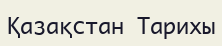
Қазақстан Тарихы